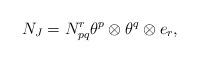
LaTeX: \begin{align*} N_J=N_{pq}^r\theta^p\otimes\theta^q\otimes e_r,\end{align*}